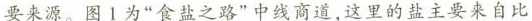
要来源。图1为”食盐之路”中线商道，这里的盐主要来自比